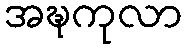
အဍ္ဎကုလာ